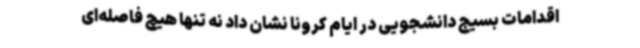
‌اقدامات بسیج دانشجویی در ایام کرونا نشان داد نه تنها هیچ فاصله‌ای